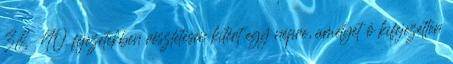
38-40. fejezetekben részletesen kitért egy népre, amelyet ő kifejezetten